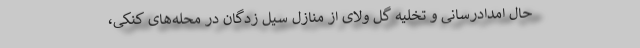
حال امدادرسانی و تخلیه گل ولای از منازل سیل زدگان در محله‌های کنکی،